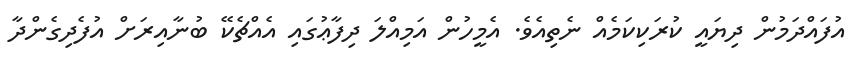
އުފައްދަމުން ދިޔައީ ކުރަކިކަމެއް ނެތިއެވެ. އެމީހުން އަމިއްލަ ދިފާޢުގައި އެއްޗެކޭ ބުނާއިރަށް އުފެދިގެންދާ